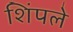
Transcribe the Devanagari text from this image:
शिंपले